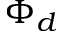
\Phi _ { d }